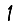
Digit: 1